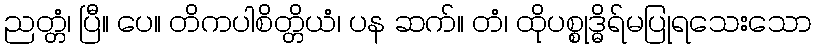
ညတ္တံ၊ ပြီ။ ပေ။ တိကပါစိတ္တိယံ၊ ပန ဆက်။ တံ၊ ထိုပစ္စုဒ္ဓိရ်မပြုရသေးသော